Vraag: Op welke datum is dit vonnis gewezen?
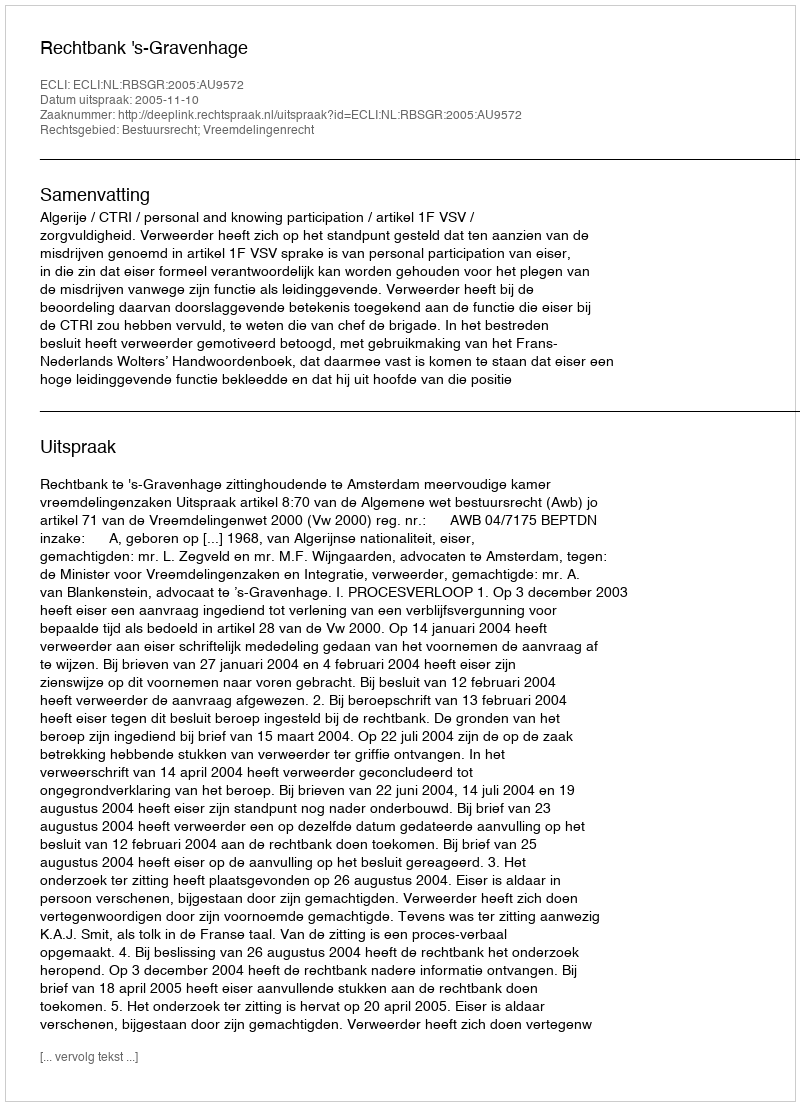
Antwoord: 2005-11-10